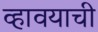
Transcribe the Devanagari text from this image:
व्हावयाची